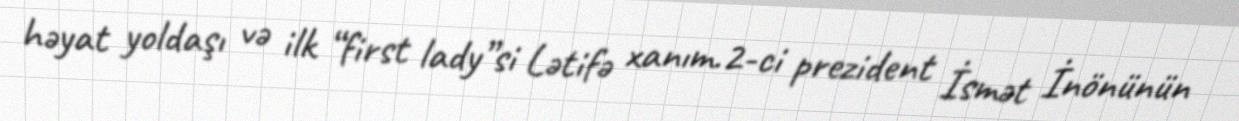
həyat yoldaşı və ilk “first lady”si Lətifə xanım.2-ci prezident İsmət İnönünün